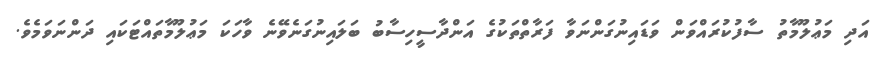
އަދި މަޢުލޫމާތު ސާފުކުރައްވަން ވަޑައިނުގަންނަވާ ފަރާތްތަކުގެ އަންދާސީހިސާބު ބަލައިނުގަނެވޭނެ ވާހަކަ މަޢުލޫމާތައްޓަކައި ދަންނަވަމެވެ.